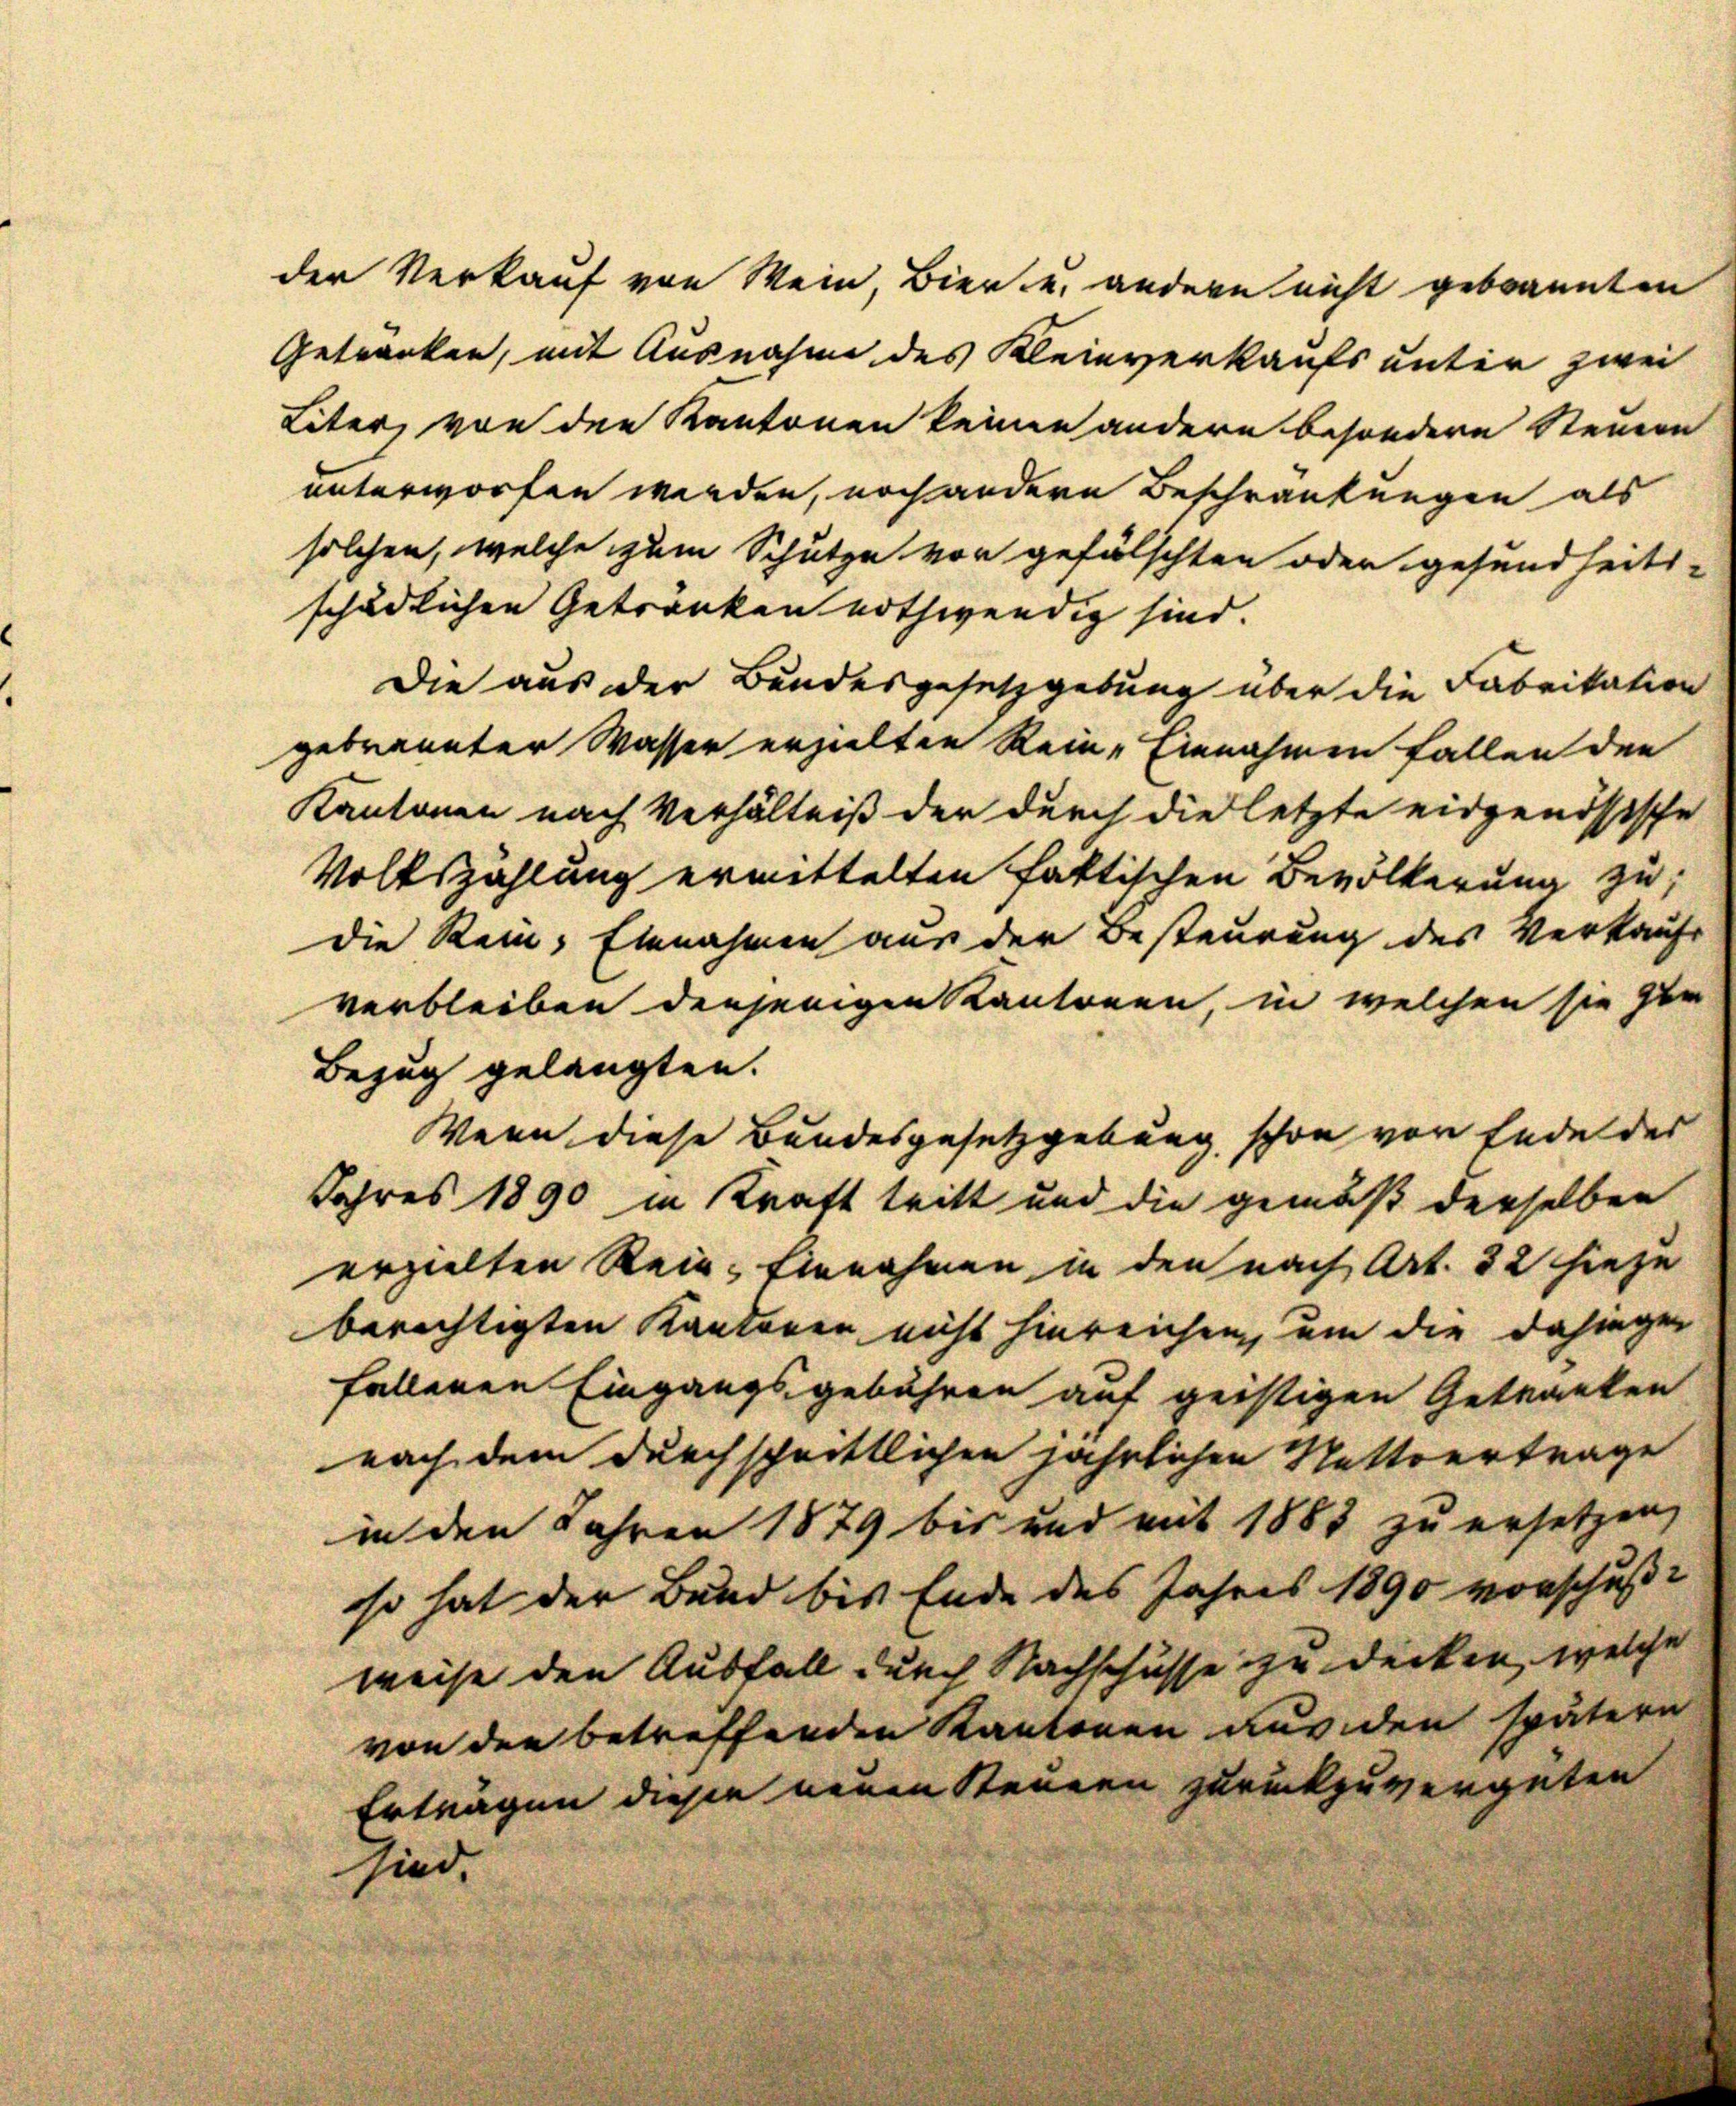
der Verkauf von Mein, Bier u. andern nicht gebrannten

die Rein: Einnahmen aus der Besteurung des Verkaufs
verbleiben denjenigen Kantonen, in welchen sie zur
Bezug gelangten.
Wenn diese Bundesgesetzgebung schon von Ende des
Jahres 1890 in Kraft tritt und die gemäß derselben
erzielten Rein-Einnahmen in den nach Art. 32 hiezu
berechtigten Kantonen nicht hinreichen, um die dahingefallenen Eingangsgebühren auf geistigen Getranken
nach dem durchschnittlichen jährlichen Nettvertrage
in den Jahren 1879 bis und mit 1883 zu ersetzen,
so hat der Bund bis Ende des Jahres 1890 vorschuße
weise den Ausfall durch Nachschusse zu decken, welche
von den betreffenden Kantonen aus den spätern
Erträgen diesen neuen Steuern zurückzuvergüten
sind.

Liter, von den Kantonen keinen andern besondern Steuern
unterworfen werden, noch andere Beschränkungen als
solchen, welche zum Schutze von gefälschten oder gesundheits-
schädlichen Getränken nothwendig sind.
Die aus der Bundesgesetzgebung über die Fabrikation
gebrannter Wasser erzielten Rein-Einnahmen fallen den
Kantonen nach Verhältniß der durch die letzte eidgenössische
Volkszählung ermittelten faktischen Bevölkerung zu

Getränken, mit Ausnahme des Kleinverkaufs unter zwei